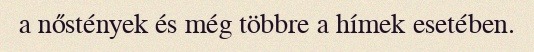
a nőstények és még többre a hímek esetében.